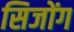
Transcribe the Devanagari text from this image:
सिजोंग